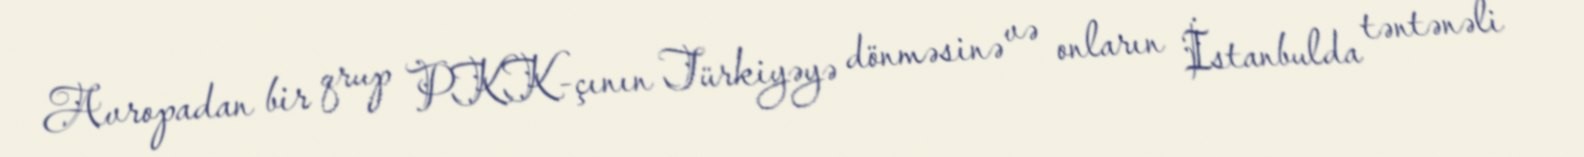
Avropadan bir qrup PKK-çının Türkiyəyə dönməsinə və onların İstanbulda təntənəli